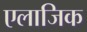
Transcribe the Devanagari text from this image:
एलाजिक